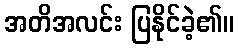
အတိအလင်း ပြနိုင်ခဲ့၏။